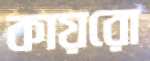
কায়রো